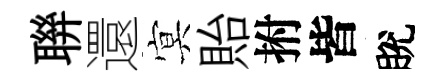
聨還㝠貽拊皆脫